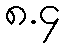
၈.၄